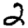
Digit: 2